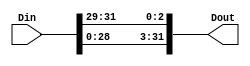
module LEA_ROL3(Din,Dout);

input [31:0] Din;
output [31:0] Dout;

assign Dout[31:0] = {Din[28:0], Din[31:29]};

endmodule